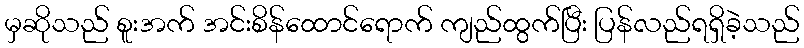
မှဆိုသည် စူးအက် အင်းစိန်ထောင်ရောက် ကျည်ထွက်ပြီး ပြန်လည်ရရှိခဲ့သည်